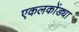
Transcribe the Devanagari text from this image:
एकलकोंड्या